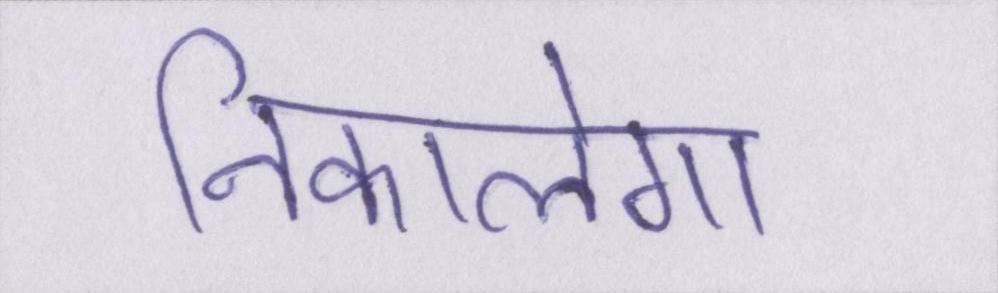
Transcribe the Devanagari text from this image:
निकालेगा